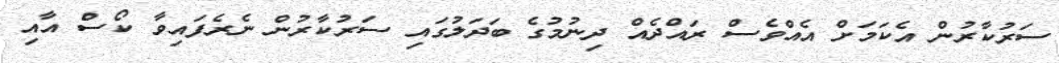
ސަރުކާރުން އެކަމަށް އެއްވެސް ރައްދެއް ދިނުމުގެ ބަދަލުގައި ސަރުކާރުން ނެރެފައިވާ ކޯސް އާއި